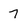
Character: 7